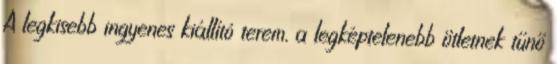
A legkisebb ingyenes kiállító terem, a legképtelenebb ötletnek tűnő